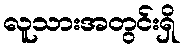
လူသားအတွင်းရှိ